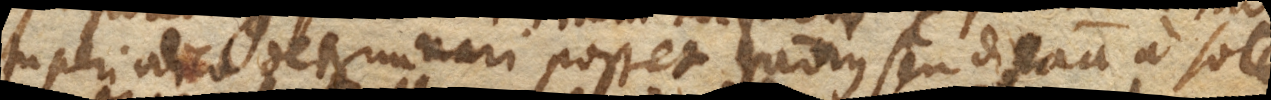
tu periodico determinari posset radius seu distantia a sole,